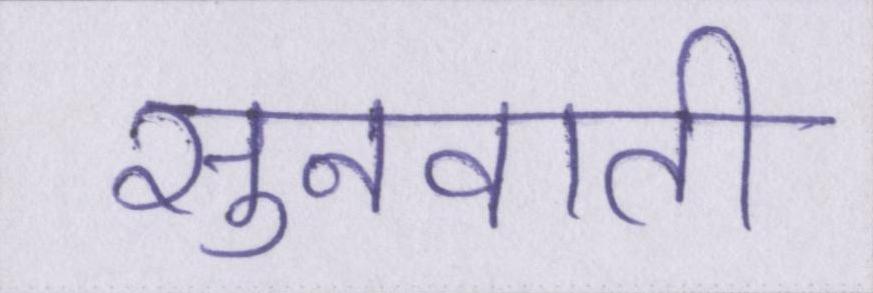
सुनवाती